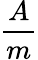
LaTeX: \frac{A}{m}